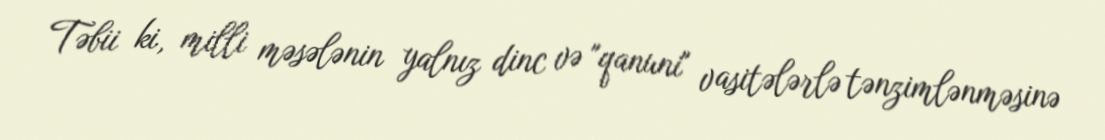
Təbii ki, milli məsələnin yalnız dinc və "qanuni" vasitələrlə tənzimlənməsinə